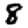
Digit: 8